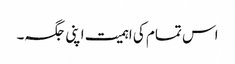
اس تمام کی اہمیت اپنی جگہ۔